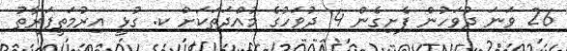
26 ވަނަ ދުވަހުން ފެށިގެން 4 ދުވަހުގެ މުއްދަތަކަށް ކ. ގުޅީ އިރުމަތީފަރާތު